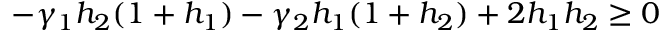
- \gamma _ { 1 } h _ { 2 } ( 1 + h _ { 1 } ) - \gamma _ { 2 } h _ { 1 } ( 1 + h _ { 2 } ) + 2 h _ { 1 } h _ { 2 } \geq 0